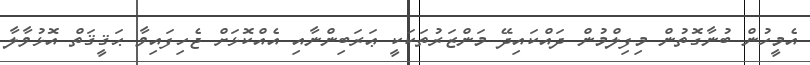
އެމީހުން ބުނާގޮތުން މިފިލްމުން ދައްކައިދޭ މަންޒަރުތަކަކީ ޢަރަބިންނާއި އެއްކޮޅަށް ޖެހިފައިވާ ޙަޤީޤަތް އޮޅުވާލާ